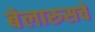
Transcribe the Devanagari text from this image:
बेलारुसचे